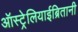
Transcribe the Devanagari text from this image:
ऑस्ट्रेलियाईब्रितानी